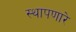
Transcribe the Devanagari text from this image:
स्थापणारे